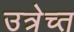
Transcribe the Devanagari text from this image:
उत्रेच्त